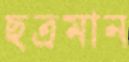
ছত্রমান